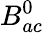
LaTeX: B_{ac}^{0}